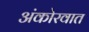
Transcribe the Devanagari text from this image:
अंकोरवात